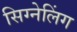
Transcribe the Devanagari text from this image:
सिग्नेलिंग